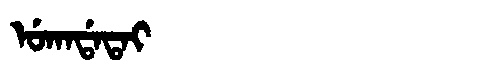
Manchu: ᡠᡴᠠᡩᠠᡨᠠᡳ
Romanization: UKADATAI